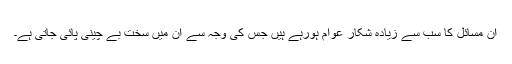
ان مسائل کا سب سے زیادہ شکار عوام ہورہے ہیں جس کی وجہ سے ان میں سخت بے چینی پائی جاتی ہے۔